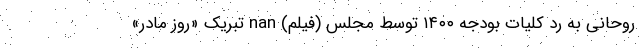
روحانی به رد کلیات بودجه ۱۴۰۰ توسط مجلس (فیلم) nan تبریک «روز مادر»